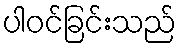
ပါဝင်ခြင်းသည်